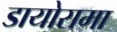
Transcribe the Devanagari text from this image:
डायोरामा